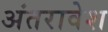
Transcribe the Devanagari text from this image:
अंतरावेश